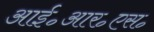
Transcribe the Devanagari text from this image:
आई॰आर॰एस॰